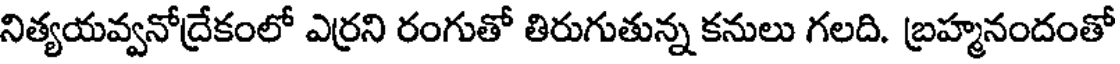
నిత్యయవ్వనోద్రేకంలో ఎర్రని రంగుతో తిరుగుతున్న కనులు గలది. బ్రహ్మనందంతో